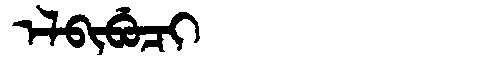
Manchu: ᡝᠯᠪᡳᠪᡠᠴᡳ
Romanization: ELBIBUCI